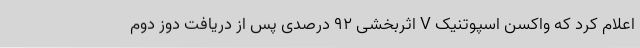
اعلام کرد که واکسن اسپوتنیک V اثربخشی 92 درصدی پس از دریافت دوز دوم